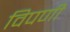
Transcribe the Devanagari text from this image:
विपणी